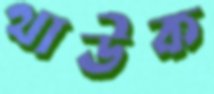
থাউক